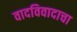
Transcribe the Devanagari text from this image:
वादविवादाचा